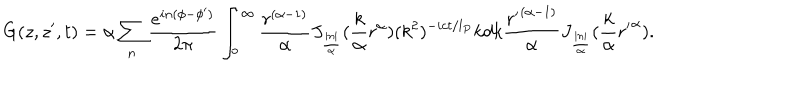
G ( z , z ^ { \prime } , t ) = \alpha \sum _ { n } \frac { e ^ { i n ( \phi - \phi ^ { \prime } ) } } { 2 \pi } \int _ { o } ^ { \infty } \frac { r ^ { ( \alpha - 1 ) } } { \alpha } J _ { \frac { | n | } { \alpha } } ( \frac { k } { \alpha } r ^ { \alpha } ) ( k ^ { 2 } ) ^ { - i c t / l _ { P } } k d k \frac { { r ^ { \prime } } ^ { ( \alpha - 1 ) } } { \alpha } J _ { \frac { | n | } { \alpha } } ( \frac { k } { \alpha } { r ^ { \prime } } ^ { \alpha } ) .